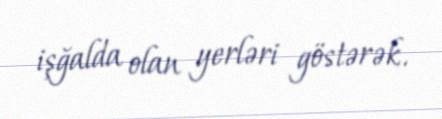
işğalda olan yerləri göstərək.